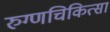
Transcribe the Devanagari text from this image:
रुग्णचिकित्सा